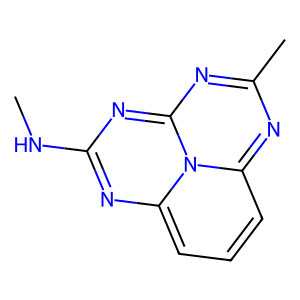
SMILES: CNc1nc2cccc3nc(C)nc(n1)-n-3-2
Inhibits HIV replication: No